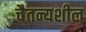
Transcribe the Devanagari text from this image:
चैतन्यशील